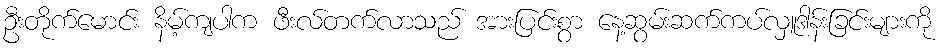
ဦးတိုက်မောင်း နိမ့်ကျပါက ဖီးလ်တက်လာသည် အားပြင်းစွာ နေ့ဆွမ်းဆက်ကပ်လှူဒါန်းခြင်းများကို